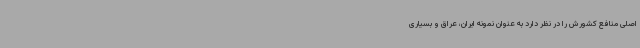
اصلی منافع کشورش را در نظر دارد به عنوان نمونه ایران، عراق و بسیاری